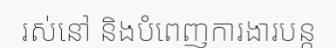
រស់នៅ និងបំពេញការងារបន្ត